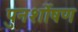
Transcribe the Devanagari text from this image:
पुनर्शोषण